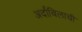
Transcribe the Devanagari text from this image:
अर्दाबिलाची